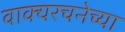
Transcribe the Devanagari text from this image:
वाक्यरचनेच्या